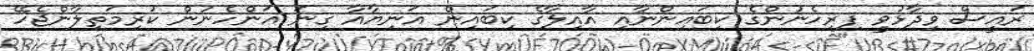
ރައީސް ވިދާޅުވީ ފިރިހެނުންގެ ކިބައިންނާއި އާއިލާގެ ކިބައިން އަނިޔާއާ ގިނަ އަންހެނުން ކުރިމަތިލާންޖެހޭ